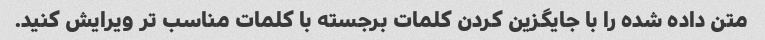
متن داده شده را با جایگزین کردن کلمات برجسته با کلمات مناسب تر ویرایش کنید.